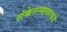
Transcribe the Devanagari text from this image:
संकेतस्थळाकडे